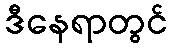
ဒီနေရာတွင်